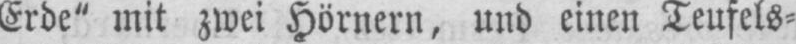
Erde“ mit zwei Hörnern, und einen Teufels⸗